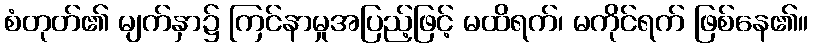
စံတုတ်၏ မျက်နှာ၌ ကြင်နာမှုအပြည့်ဖြင့် မထိရက်၊ မကိုင်ရက် ဖြစ်နေ၏။